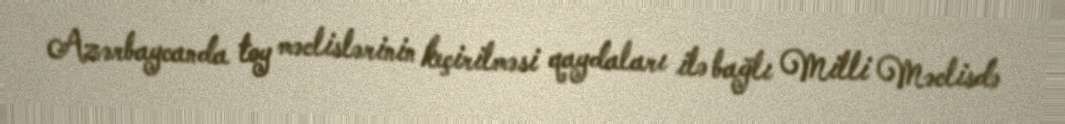
Azərbaycanda toy məclislərinin keçirilməsi qaydaları ilə bağlı Milli Məclisdə